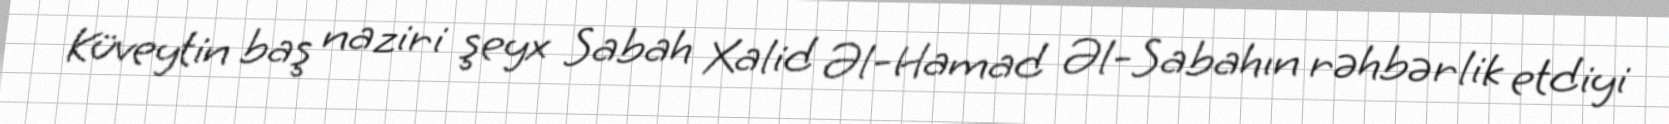
Küveytin baş naziri şeyx Sabah Xalid Əl-Hamad Əl-Sabahın rəhbərlik etdiyi